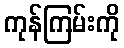
ကုန်ကြမ်းကို